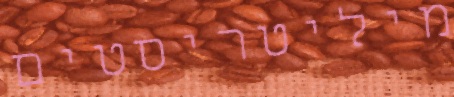
מיליטריסטים